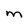
Character: M